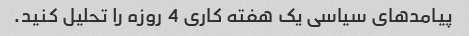
پیامدهای سیاسی یک هفته کاری 4 روزه را تحلیل کنید.